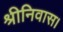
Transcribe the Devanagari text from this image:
श्रीनिवास।